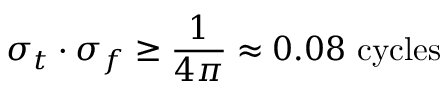
\sigma _ { t } \cdot \sigma _ { f } \geq { \frac { 1 } { 4 \pi } } \approx 0 . 0 8 { \mathrm { ~ c y c l e s } }